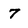
Character: 7